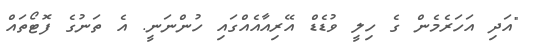
"އަދި އަހަރެމެން ގެ ހިލީ ވުޑެޑް އޭރިއާއެއްގައި ހުންނަނީ. އެ ތަނުގެ ފޮޓޯތައް